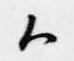
候